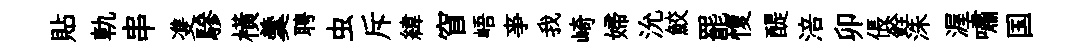
貼軌串㕠驂橫羹聘虫斥緯窅峿亊我崎婦沇鮫罷愎醍涪卯倀銓洙渥嘯国